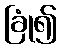
ခြုံ၍